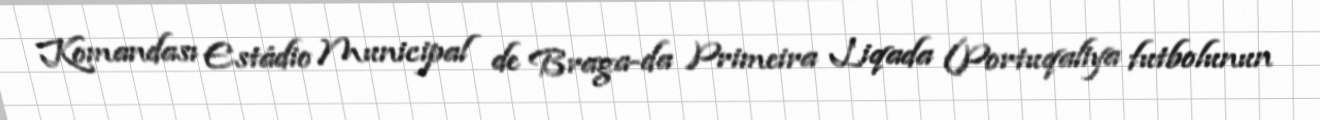
Komandası Estádio Municipal de Braga-da Primeira Liqada (Portuqaliya futbolunun